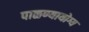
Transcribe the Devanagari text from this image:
पाळण्यायोग्य